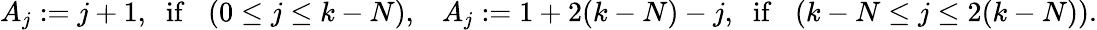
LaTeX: A_{j}:=j+1,\; \; \mathrm{if}\; \; \; (0\leq j\leq k-N),\; \; \; A_{j}:=1+2(k-N)-j,\; \; \mathrm{if}\; \; \; (k-N\leq j\leq 2(k-N)).